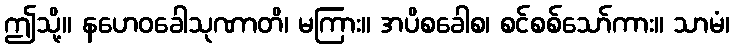
ဤသို့။ နဟေဝခေါသုဏာတိ၊ မကြား။ အပိစခေါစ၊ စင်စစ်သော်ကား။ သာမံ၊